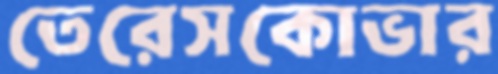
তেরেসকোভার